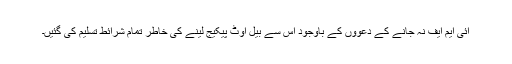
آئی ایم ایف نہ جانے کے دعوؤں کے باوجود اس سے بیل آوٹ پیکیج لینے کی خاطر تمام شرائط تسلیم کی گئیں۔